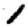
Digit: 1